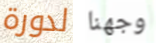
لدورة وجهنا